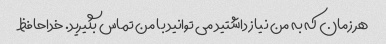
هر زمان که به من نیاز داشتید می توانید با من تماس بگیرید. خداحافظ